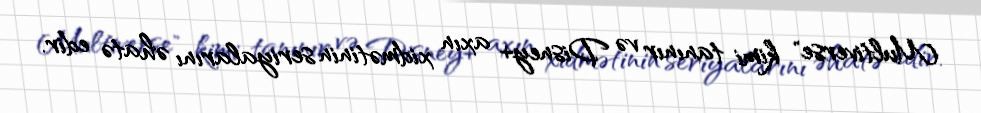
Multiverse" kimi tanınır və Disney+ axın xidmətinin seriyalarını əhatə edir.